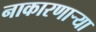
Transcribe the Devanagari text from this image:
नाकारणाऱ्या